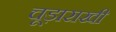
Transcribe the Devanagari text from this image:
चूड़ाराखी